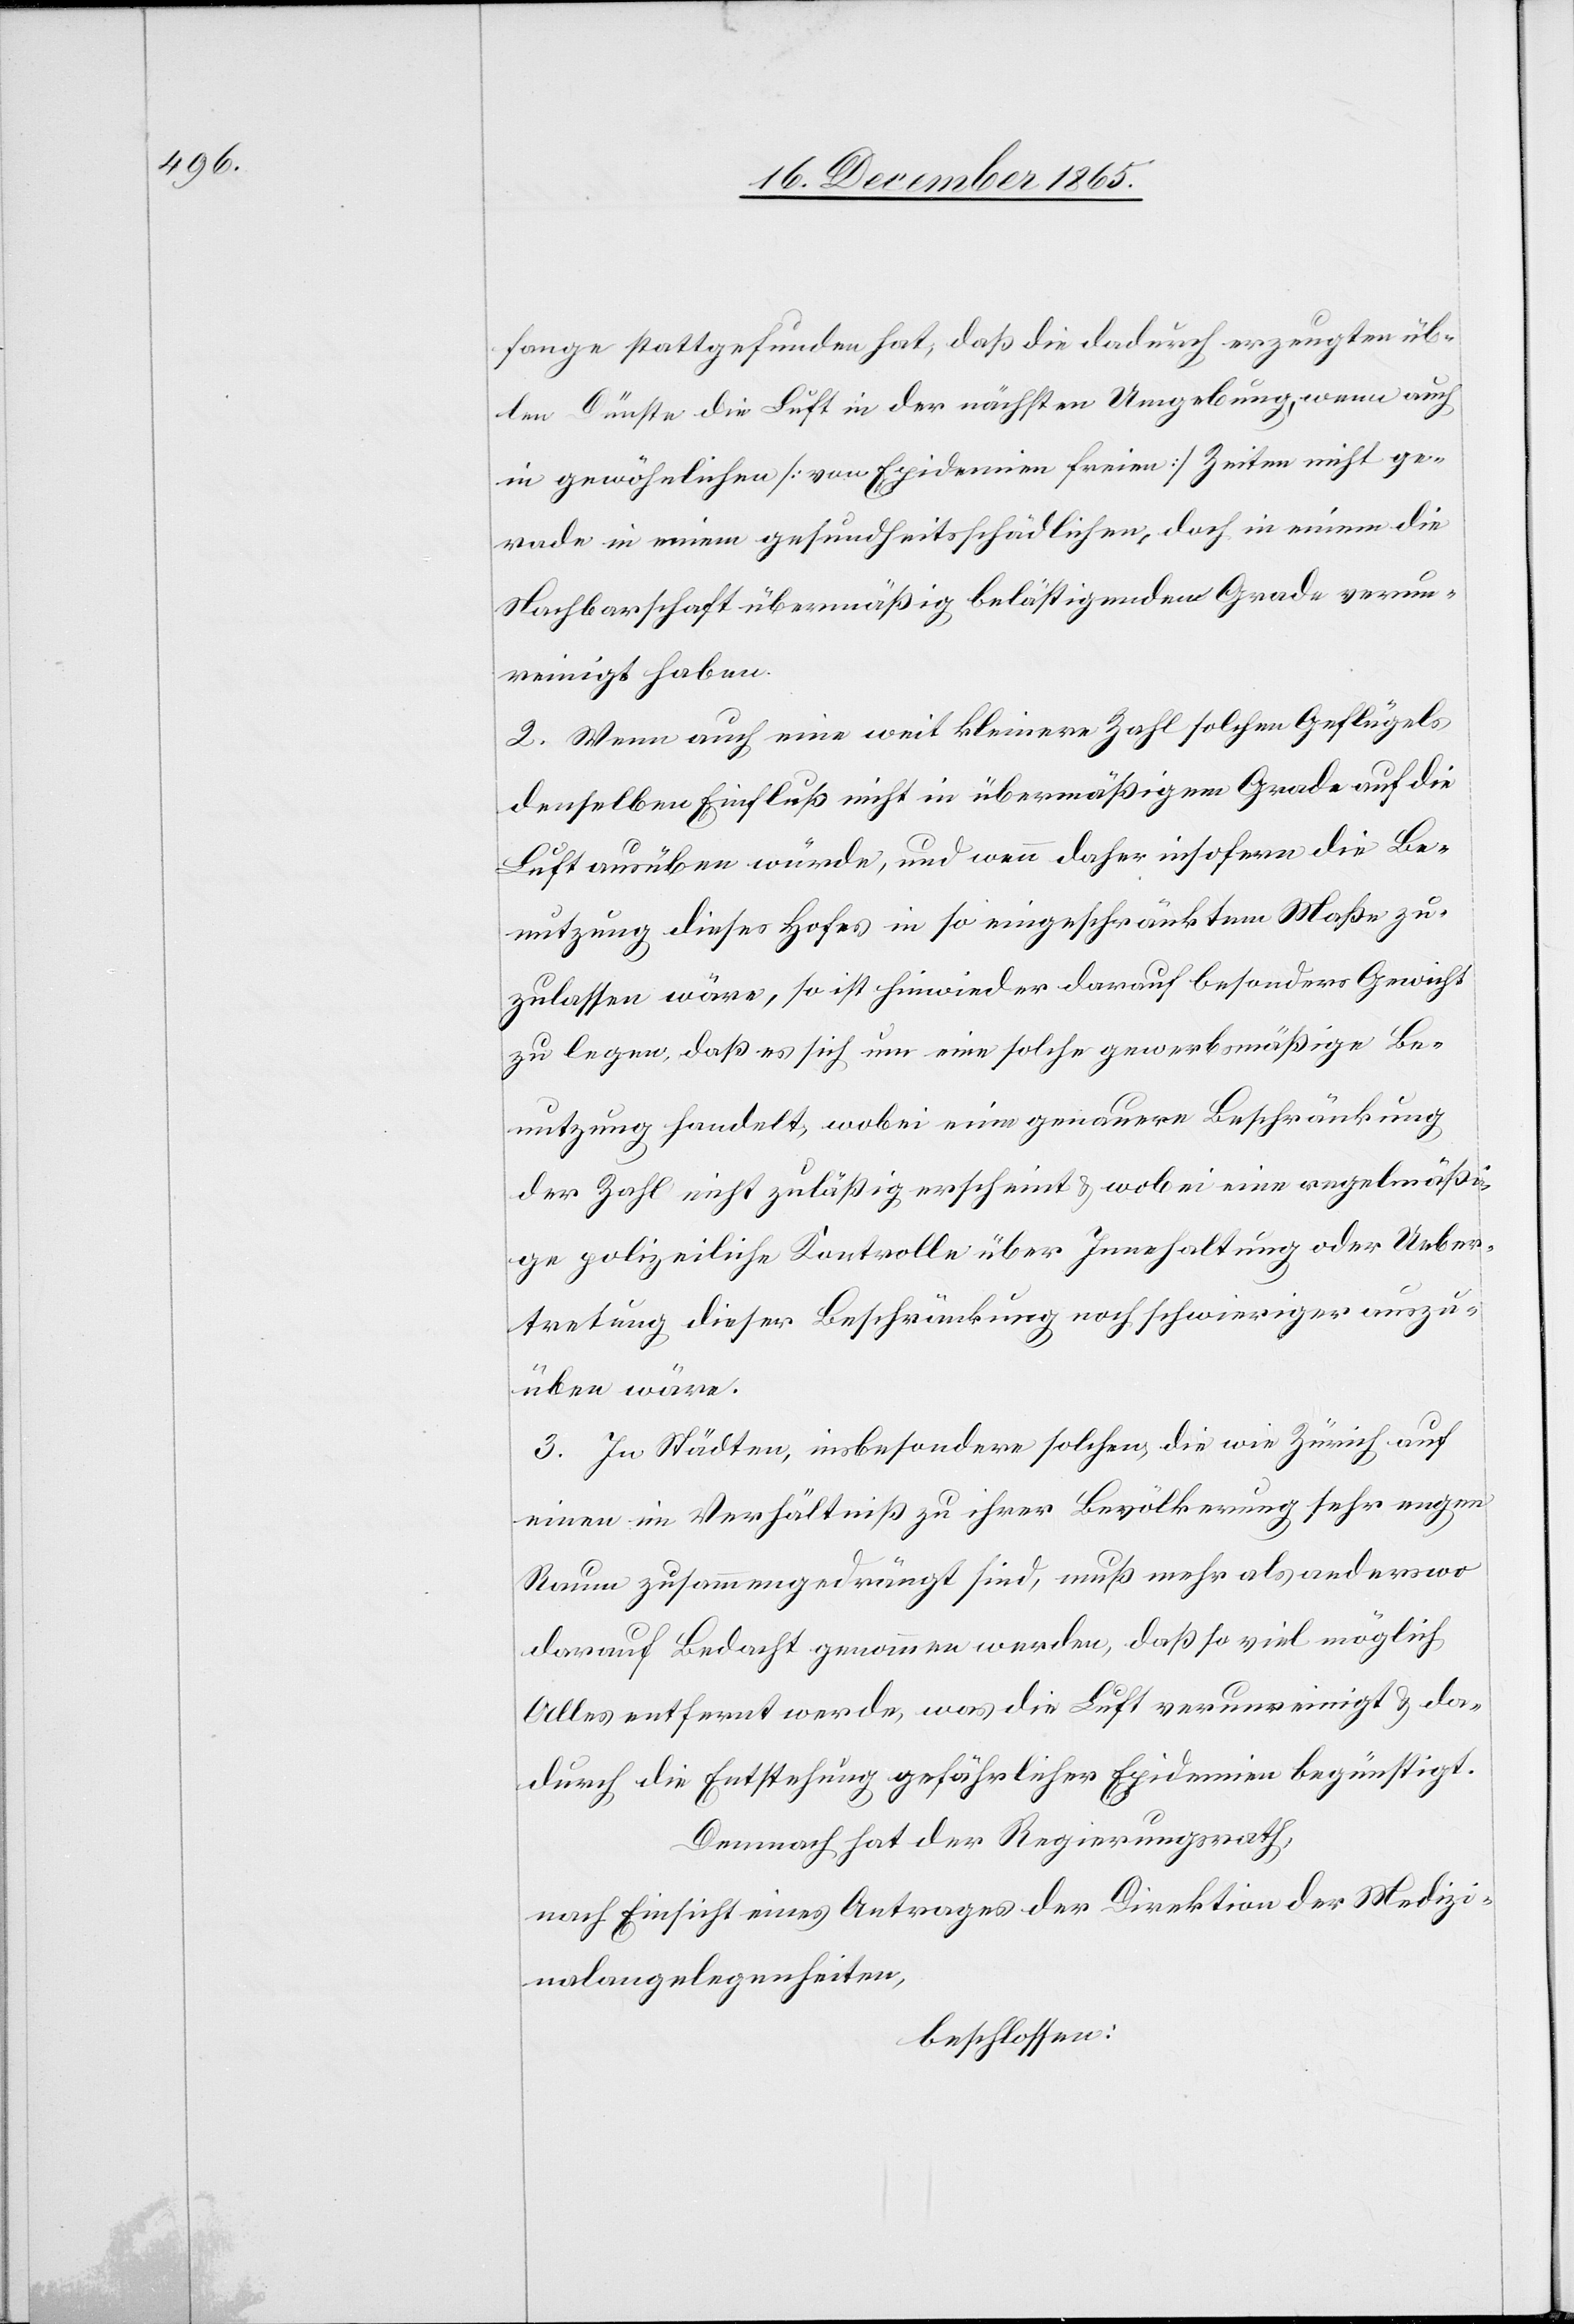
fange stattgefunden hat, daß die dadurch erzeugten üb¬
len Düfte die Luft in der nächsten Umgebung, wenn auch
in gewöhnlichen [von Epidemien freien] Zeiten nicht ge¬
rade in einem gesundheitsschädlichen, doch in einem die
Nachbarschaft übermäßig belästigenden Grade verun¬
reinigt haben.
2. Wenn auch eine weit kleinere Zahl an solchen Geflügels
denselben Einfluß nicht in übermäßigem Grade auf die
Luft ausüben würde, und wenn daher insofern die Be¬
nutzung dieses Hofes in so eingeschränktem Maße zu¬
gelassen wäre, so ist hinwieder darauf besonders Gewicht
zu legen, daß es sich um eine solche gewerbsmäßige Be¬
nutzung handelt, wobei eine genauere Beschränkung
der Zahl nicht zuläßig erscheint & wobei eine regelmäßi¬
ge polizeiliche Kontrolle über Innehaltung oder Ueber¬
tretung dieser Beschränkung noch schwieriger auszu¬
üben wäre.
3. In Städten, insbesondere in solchen, die wie Zürich auf
einen im Verhältniß zu ihrer Bevölkerung sehr engen
Raum zusammengedrängt sind, muß mehr als anderswo
darauf Bedacht genommen werden, daß so viel möglich
Alles entfernt werde, was die Luft verunreinigt & da¬
durch die Entstehung gefährlicher Epidemien begünstigt.
Demnach hat der Regierungsrath,
nach Einsicht eines Antrages der Direktion der Medizi¬
nalangelegenheiten,
beschlossen: